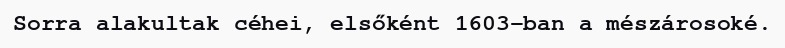
Sorra alakultak céhei, elsőként 1603-ban a mészárosoké.